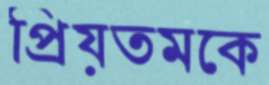
প্রিয়তমকে